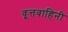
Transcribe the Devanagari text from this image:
वृ्त्तवाहिनी